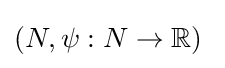
(N,\psi :N\to \mathbb {R} )\